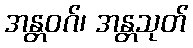
အန္တဝဂ်၊ အန္တသုတ်